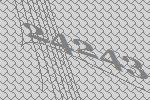
24243